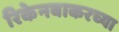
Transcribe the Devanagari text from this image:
रिकेनबाकरच्या